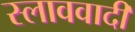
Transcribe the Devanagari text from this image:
स्लाववादी